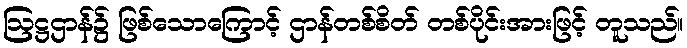
ဩဋ္ဌဌာန်၌ ဖြစ်သောကြောင့် ဌာန်တစ်စိတ် တစ်ပိုင်းအားဖြင့် တူသည်။